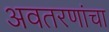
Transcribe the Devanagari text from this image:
अवतरणांचा